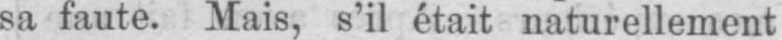
sa faute. Mais, s’il était naturellement